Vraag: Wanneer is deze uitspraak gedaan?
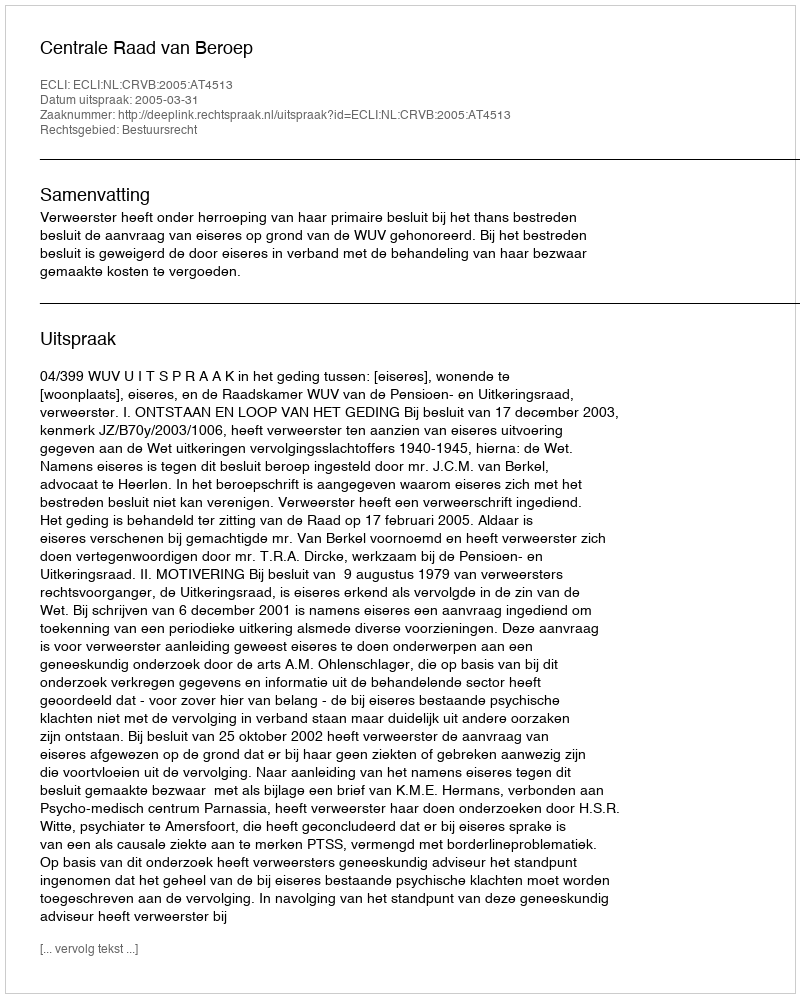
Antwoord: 2005-03-31